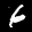
Label: 6